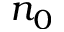
n _ { 0 }